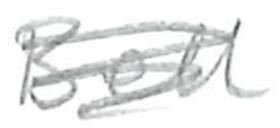
Text: Bell
Cross-out: scratch
Writing tool: pencil